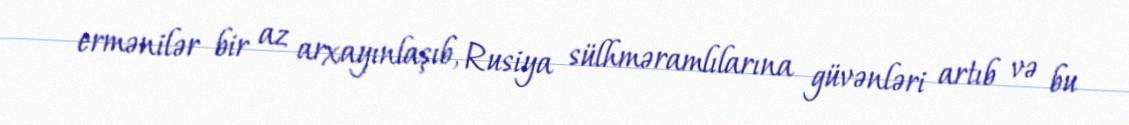
ermənilər bir az arxayınlaşıb, Rusiya sülhməramlılarına güvənləri artıb və bu